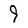
Character: 9